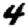
Digit: 4